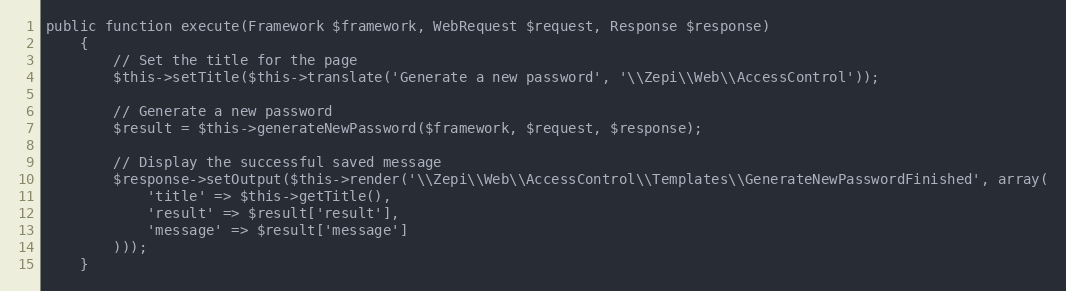
Language: PHP
public function execute(Framework $framework, WebRequest $request, Response $response)
    {
        // Set the title for the page
        $this->setTitle($this->translate('Generate a new password', '\\Zepi\\Web\\AccessControl'));

        // Generate a new password
        $result = $this->generateNewPassword($framework, $request, $response);

        // Display the successful saved message
        $response->setOutput($this->render('\\Zepi\\Web\\AccessControl\\Templates\\GenerateNewPasswordFinished', array(
            'title' => $this->getTitle(),
            'result' => $result['result'],
            'message' => $result['message']
        )));
    }